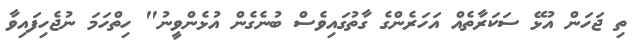
ތި ޖަހަން އުޅޭ ސަކަރާތެއް އަހަރެންގެ ގާތުގައިވެސް ބުނެގެން އުޅެންވީނު" ހިތްހަމަ ނުޖެހިފައިވާ